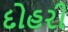
દોહરી